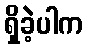
ရှိခဲ့ပါက